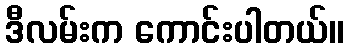
ဒီလမ်းက ကောင်းပါတယ်။